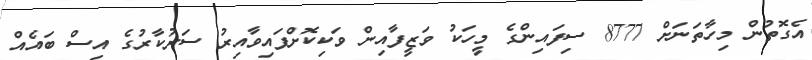
އެގޮތުން މިހާތަނަށް 8777 ސިފައިންގެ މީހަކު ވަޒީފާއިން ވަކިކޮށްފައިވާއިރު ސަރުކާރުގެ އިސް ބައެއް